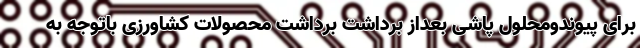
برای پیوندومحلول پاشی بعداز برداشت برداشت محصولات کشاورزی باتوجه به